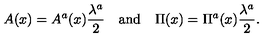
A ( x ) = A ^ { a } ( x ) \frac { \lambda ^ { a } } { 2 } \quad \mathrm { a n d } \quad \Pi ( x ) = \Pi ^ { a } ( x ) \frac { \lambda ^ { a } } { 2 } .